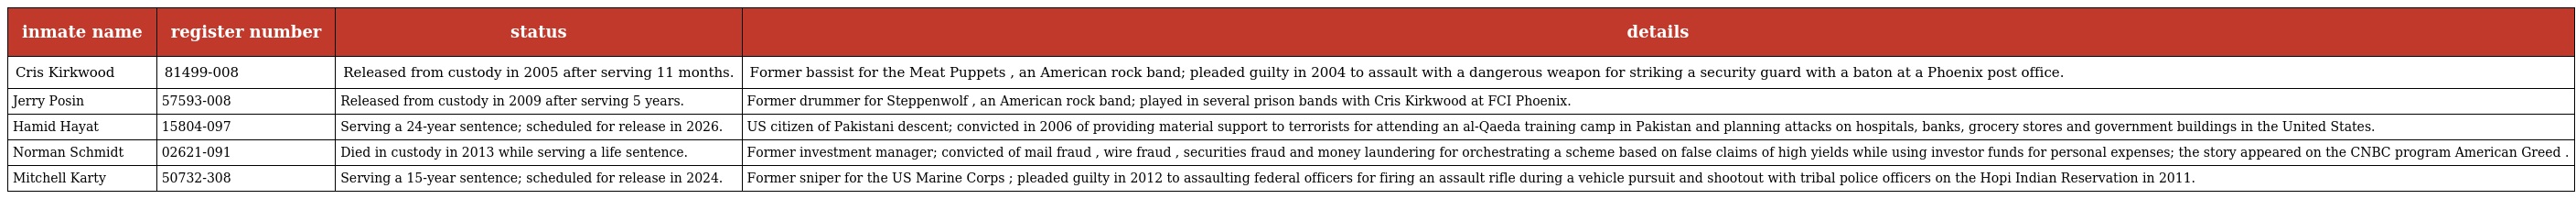
| inmate name | register number | status | details |
 | --- | --- | --- | --- |
 | Cris Kirkwood | 81499-008 | Released from custody in 2005 after serving 11 months. | Former bassist for the Meat Puppets , an American rock band; pleaded guilty in 2004 to assault with a dangerous weapon for striking a security guard with a baton at a Phoenix post office. |
 | Jerry Posin | 57593-008 | Released from custody in 2009 after serving 5 years. | Former drummer for Steppenwolf , an American rock band; played in several prison bands with Cris Kirkwood at FCI Phoenix. |
 | Hamid Hayat | 15804-097 | Serving a 24-year sentence; scheduled for release in 2026. | US citizen of Pakistani descent; convicted in 2006 of providing material support to terrorists for attending an al-Qaeda training camp in Pakistan and planning attacks on hospitals, banks, grocery stores and government buildings in the United States. |
 | Norman Schmidt | 02621-091 | Died in custody in 2013 while serving a life sentence. | Former investment manager; convicted of mail fraud , wire fraud , securities fraud and money laundering for orchestrating a scheme based on false claims of high yields while using investor funds for personal expenses; the story appeared on the CNBC program American Greed . |
 | Mitchell Karty | 50732-308 | Serving a 15-year sentence; scheduled for release in 2024. | Former sniper for the US Marine Corps ; pleaded guilty in 2012 to assaulting federal officers for firing an assault rifle during a vehicle pursuit and shootout with tribal police officers on the Hopi Indian Reservation in 2011. |